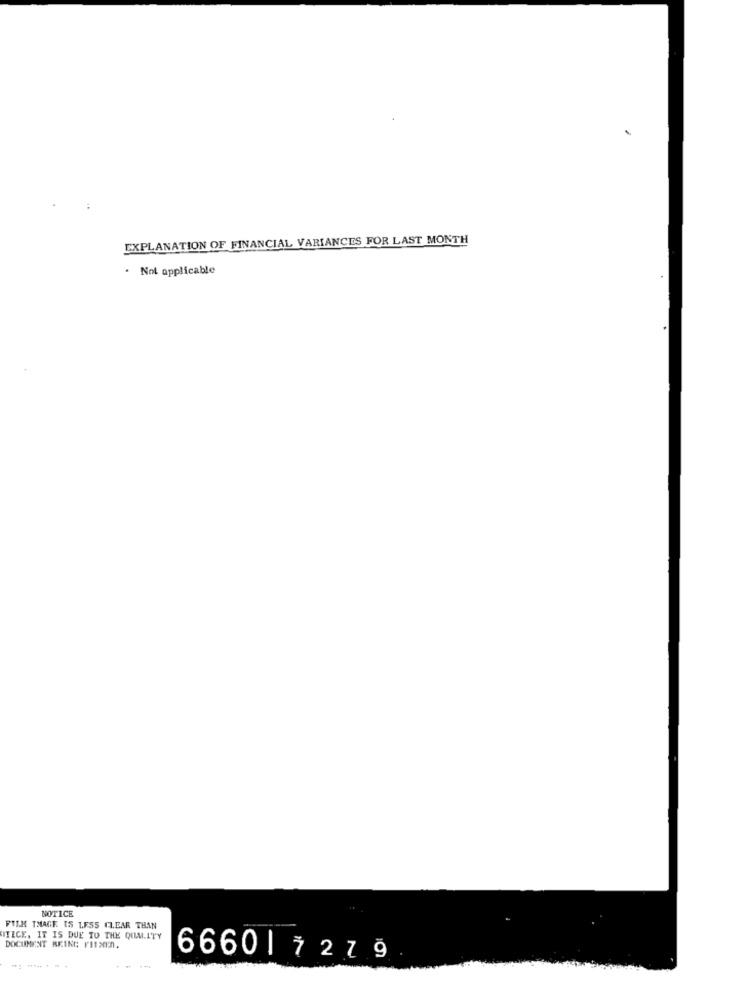
EXPLANATION OF FINANCIAL VARIANCES FOR LAST MONTH
. Not applicable
NOTICE
FILM THAGE IS LESS CLEAR THAN
ITICE. IT IS DUE TO THE QUALITY
DOCUMENT BEING FITNEN.
-- 4
66601 7279